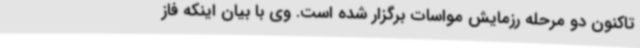
تاکنون دو مرحله رزمایش مواسات برگزار شده است. وی با بیان اینکه فاز